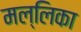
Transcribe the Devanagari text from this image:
मल्‍लिका